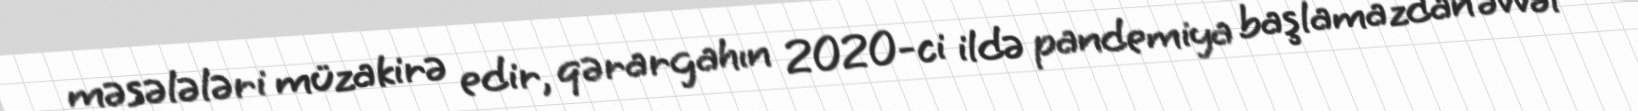
məsələləri müzakirə edir, qərargahın 2020-ci ildə pandemiya başlamazdan əvvəl